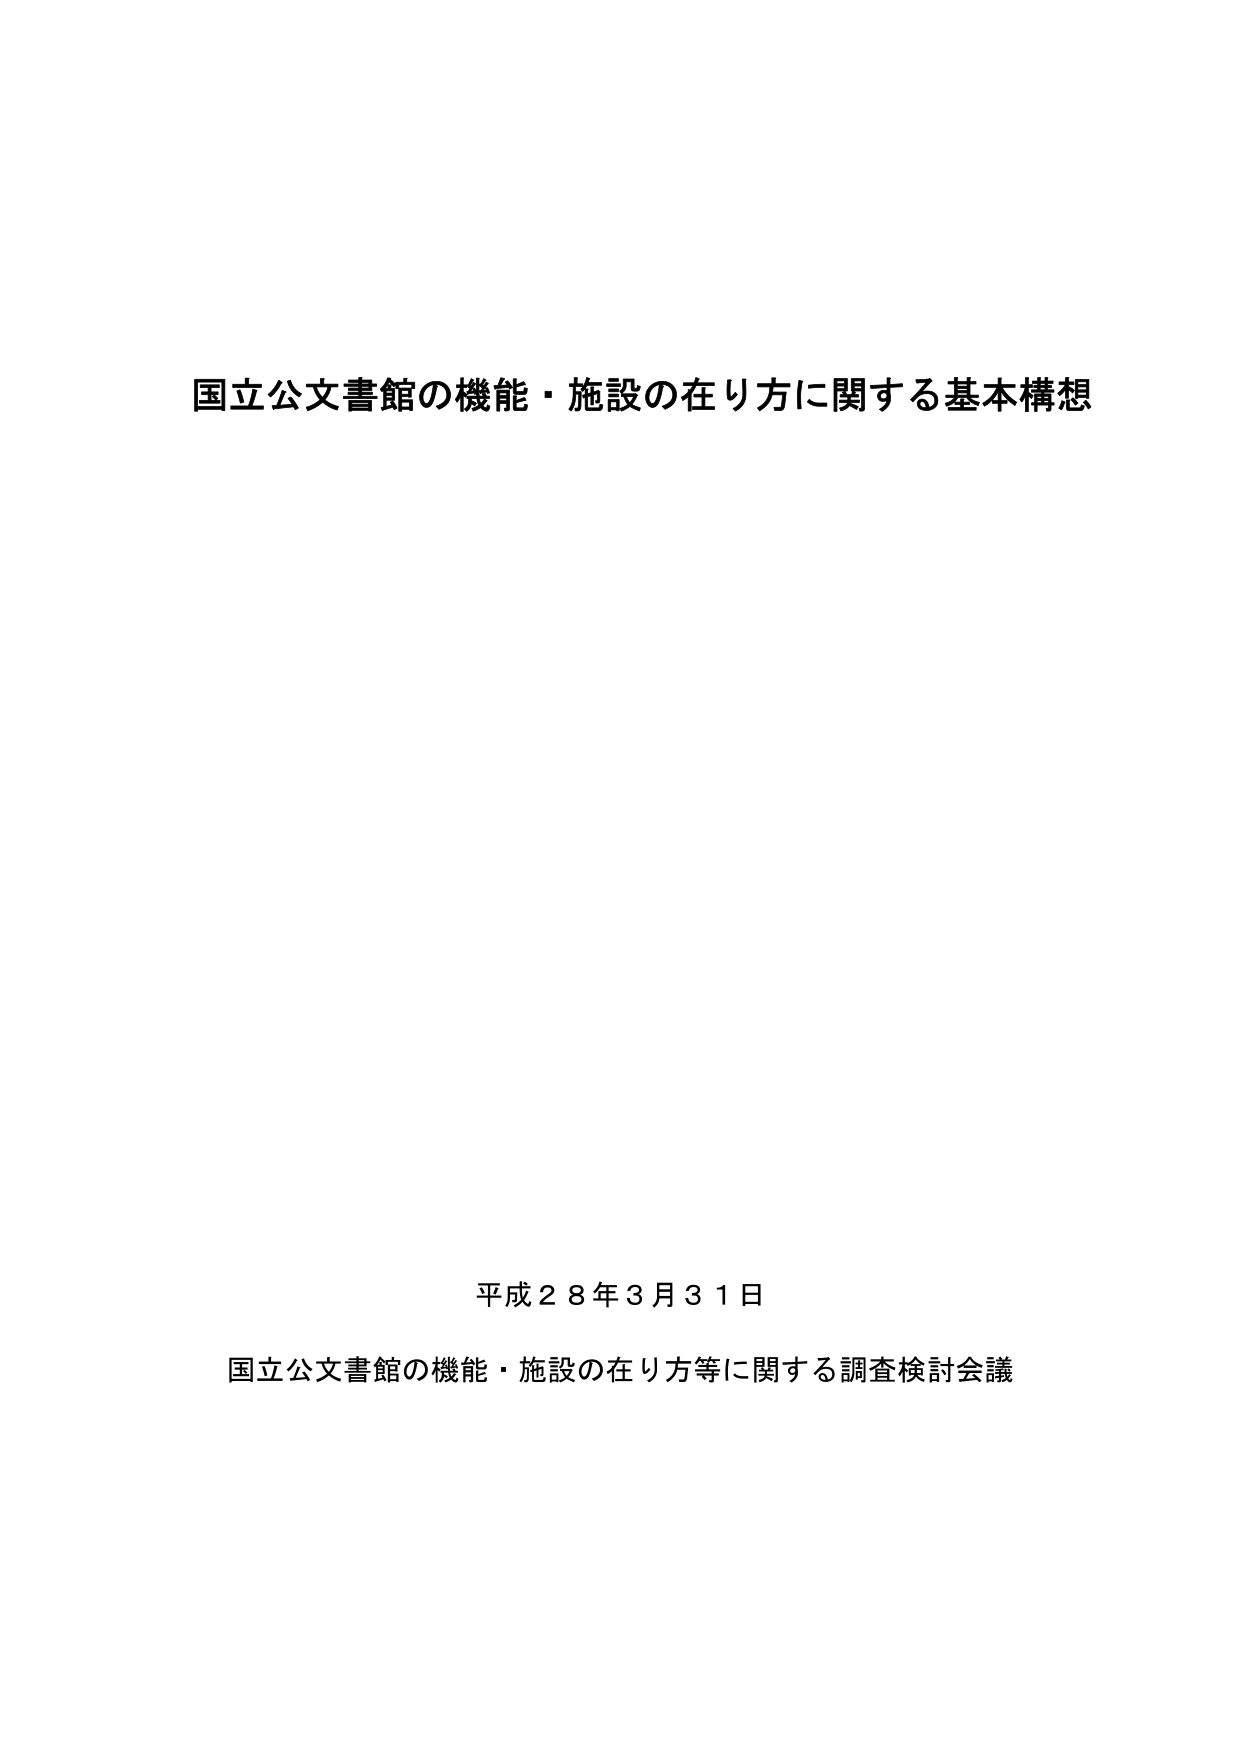
国立公文書館の機能・施設の在り方に関する基本構想

平成２８年３月３１日

国立公文書館の機能・施設の在り方等に関する調査検討会議